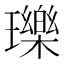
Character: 瓅